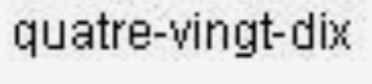
quatre-vingt-dix